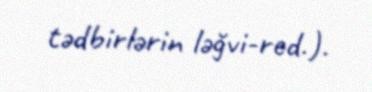
tədbirlərin ləğvi-red.).